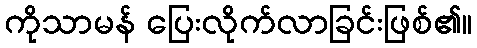
ကိုသာမန် ပြေးလိုက်လာခြင်းဖြစ်၏။